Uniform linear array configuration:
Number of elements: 4
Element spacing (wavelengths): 1
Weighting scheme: binomial
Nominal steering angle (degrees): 45
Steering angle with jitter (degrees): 43.097
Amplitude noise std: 0.05
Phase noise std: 0.05

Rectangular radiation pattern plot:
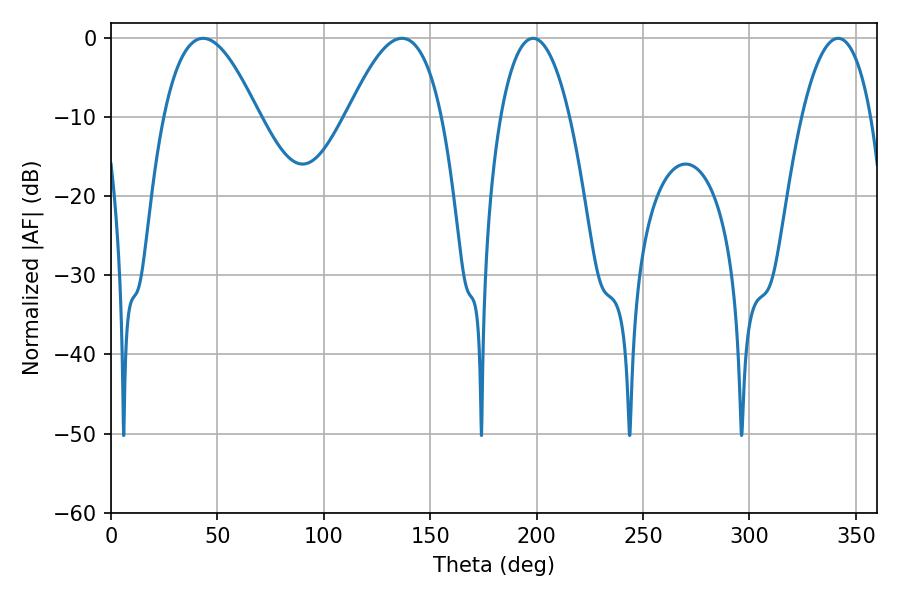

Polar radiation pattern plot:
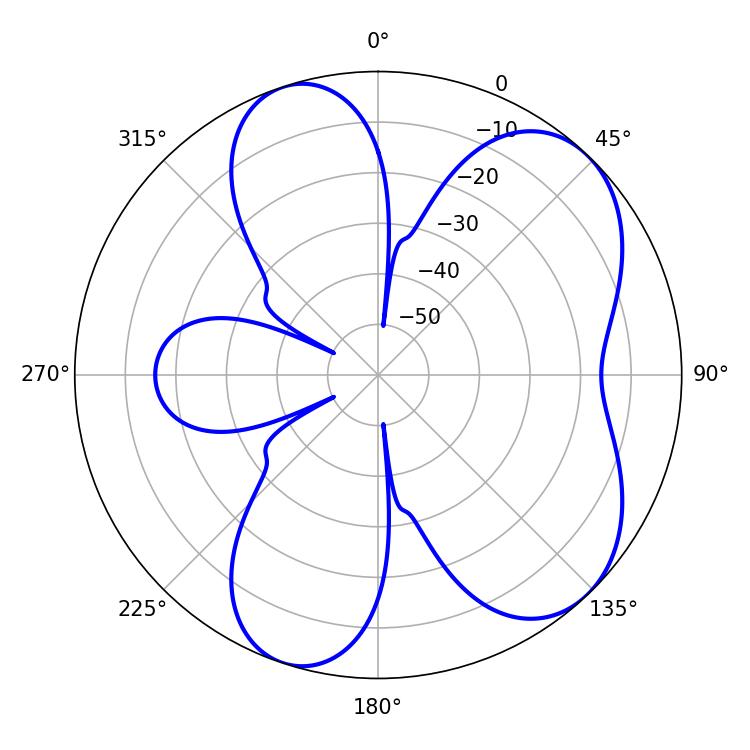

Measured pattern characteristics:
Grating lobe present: TRUE
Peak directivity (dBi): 6.638
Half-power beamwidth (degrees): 18.18
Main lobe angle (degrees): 198.36